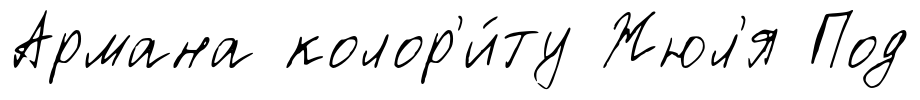
Армана колор'и́ту Жюл'я Под